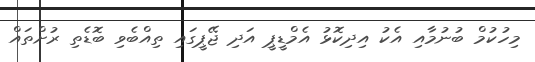
މިހުކުމް ބުނުމާއި އެކު އިދިކޮޅު އެމްޑީޕީ އަދި ޖޭޕީގައި ތިއްބެވި ބޮޑެތި ރުށްތައް